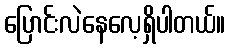
ပြောင်းလဲနေလေ့ရှိပါတယ်။